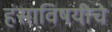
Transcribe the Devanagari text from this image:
हंसाविषयीचे